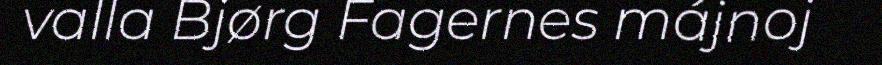
valla Bjørg Fagernes májnoj